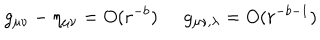
LaTeX: g _ { \mu \nu } - \eta _ { \mu \nu } = O ( r ^ { - b } ) \; \; g _ { \mu \nu , \lambda } = O ( r ^ { - b - 1 } )